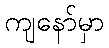
ကျနော်မှာ